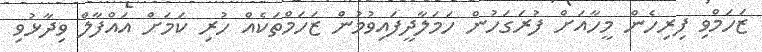
ޒަހަމްވި ފިރިހެން މީހާއަށް ފުރަގަހުން ހަމަލާދީފައިވުމުން ޒަހަމްތަކެއް ހުރި ކަމަށް އައްފާލް ވިދާޅުވި